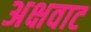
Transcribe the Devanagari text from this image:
अक्षवाट